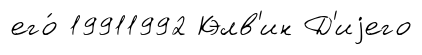
его́ 19911992 Кэлв'ин Д'иjего